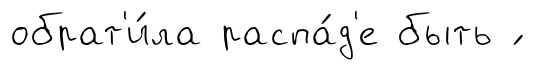
обрат'и́ла распа́д'е быть ́